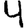
Digit: 4